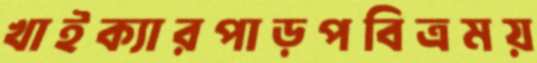
খাইক্যারপাড়পবিত্রময়